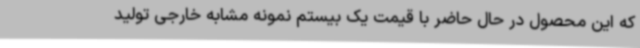
که این محصول در حال حاضر با قیمت یک بیستم نمونه مشابه خارجی تولید